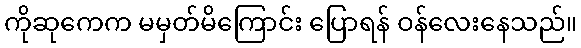
ကိုဆုကေက မမှတ်မိကြောင်း ပြောရန် ဝန်လေးနေသည်။